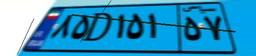
۸۵D۱۵۱۵۷